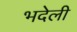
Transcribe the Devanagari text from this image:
भदेली